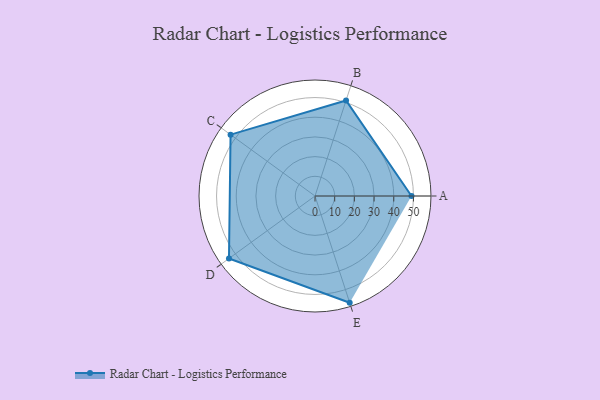
{"axis": {"x": "Skill", "y": "Score"}, "legend": ["Profile"], "data": [{"x": "A", "y": 49.0, "type": "Profile"}, {"x": "B", "y": 51.0, "type": "Profile"}, {"x": "C", "y": 53.0, "type": "Profile"}, {"x": "D", "y": 54.0, "type": "Profile"}, {"x": "E", "y": 57.0, "type": "Profile"}]}